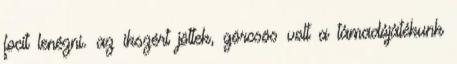
focit lenézni. az ikszért jöttek, görcsös volt a támadójátékunk